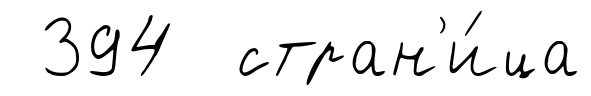
394 стран'и́ца